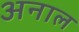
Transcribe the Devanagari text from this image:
अनाल